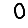
Digit: 0